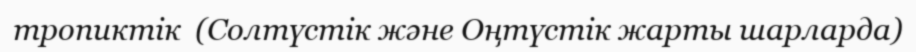
тропиктік  (Солтүстік және Оңтүстік жарты шарларда)